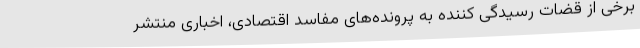
برخی از قضات رسیدگی کننده به پرونده‌های مفاسد اقتصادی، اخباری منتشر